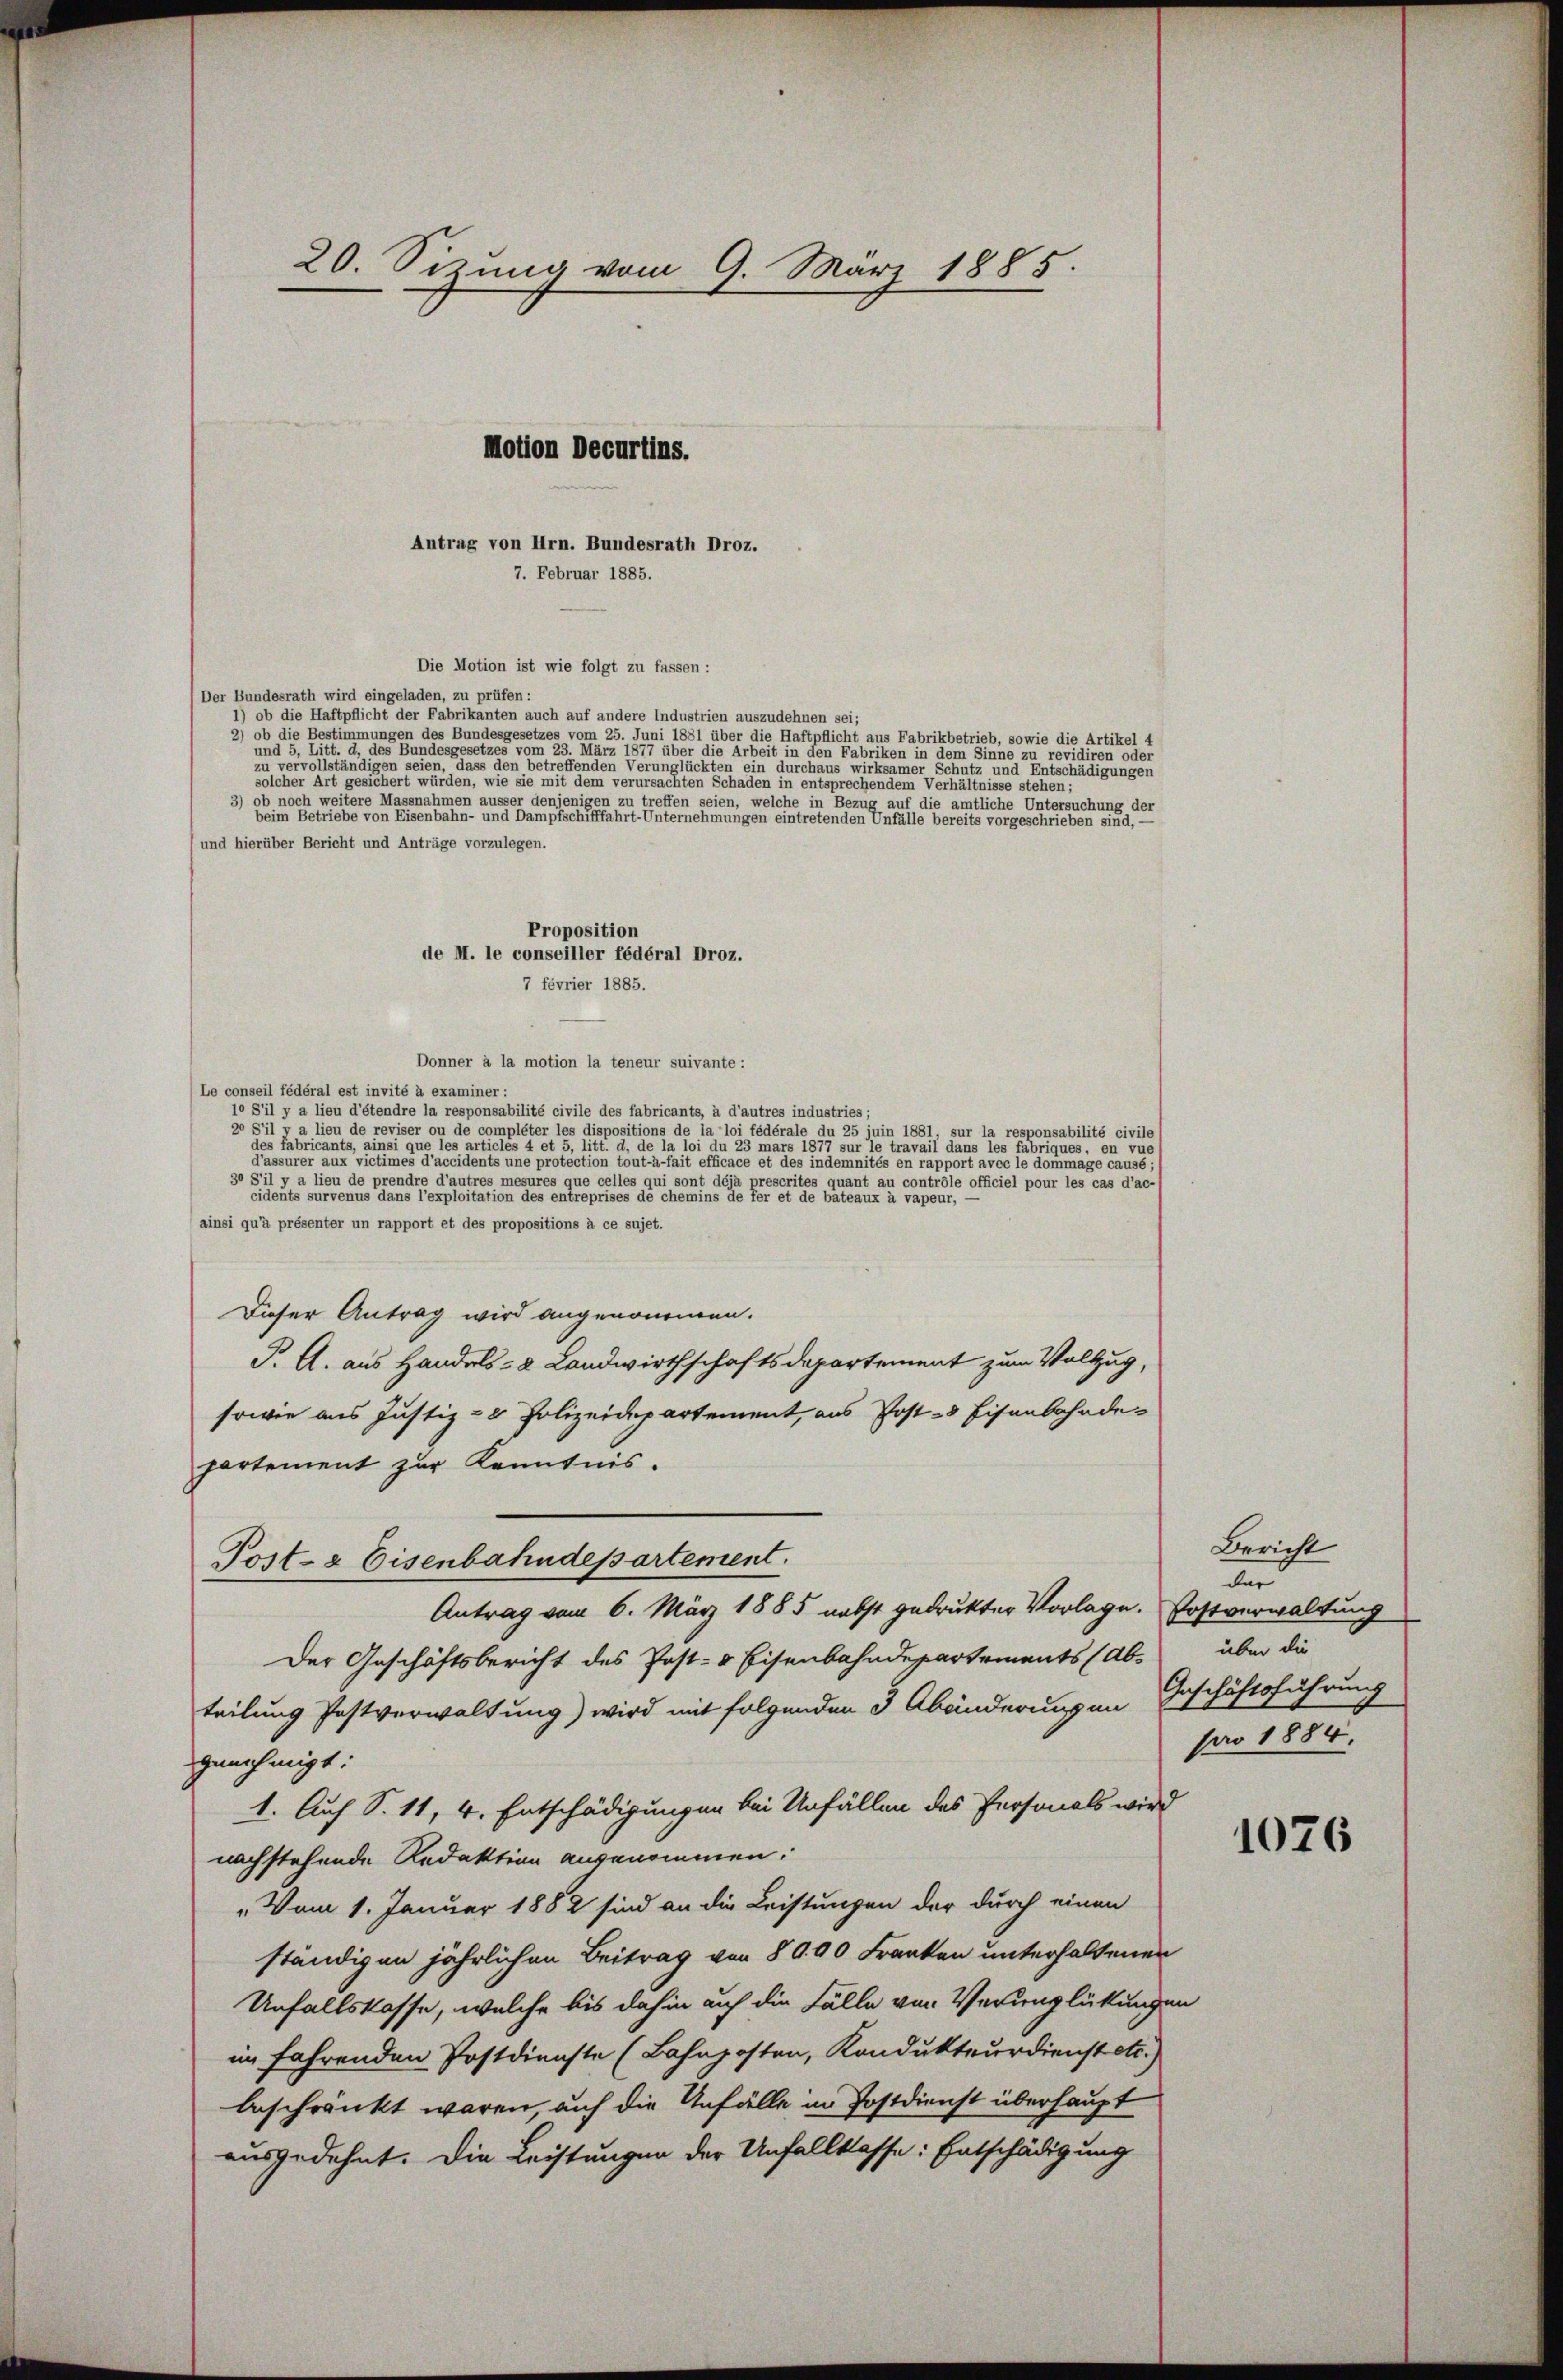
20. Sizung vom 9. März 1885.
Motion Decurtins.

Antrag von Hrn. Bundesrath Droz.
7. Februar 1885.

Die Motion ist wie folgt zu fassen:
(Der Bundesrath wird eingeladen, zu prüfen:
1) ob die Haftpflicht der Fabrikanten auch auf andere Industrien auszudehnen sei;
2) ob die Bestimmungen des Bundesgesetzes vom 25. Juni 1881 über die Haftpflicht aus Fabrikbetrieb, sowie die Artikel 4
                                                                                                                                  Portion de
zu vervollständigen seien, die es seien den betreffenden Verunglückten ein durchaus wirksamer Schutz unter diesen seines eine eine eine gegen eine eine
                                                                            getrachten Schaden in der eine gesehen diesen der eine eine stehen,
) ob noch weitere Massnahmen ausser denjenigen zu treten einen seien einen welche in eine eine einen auf die ämtliche Untersuchung der
                                                                                                                                                geschrieben sind,
(und hierüber Bericht und Anträge vorzulegen.
Donner à la motion la teneur suivante :
Le conseil fédéral est invité à examiner:
jo S’il y a lieu d’étendre la responsabilité civile des fabricants, à d’autres industries;
2° S’il y a lieu de reviser ou de compléter les dispositions de la loi fédérale du 25 juin 1881, sur la responsabilité civile

Fessen eine einen einen einen wie eine accidents une protection tout à fait efficace et des indemnités en rapport avec le dommage causé,
3° S’il y a lieu de prendre d’autres mesures que celles qui sont déjà prescrites quant au contrôle officiel pour les cas d’ac-
                        eine er diese ents seines des die eines der bei der die bei der einen in einen einen
ainsi qu’à présenter un rapport et des propositions à ce sujet.
Dieser Antrag wird angenommen.
P. A. aus Handels- & Landwirthschaftsdepartement zum Vollzug,
sowie aus Justiz- & Polizeidepartement, aus Post 3 Eisenbahndepartement zur Kenntnis.
Post- & Eisenbahndepartement.
Antrag vom 6. März 1885 nebst gedruckter Vorlage.
Der Geschäftsbericht des Post- & Eisenbahndepartements (Ab-
teilung Postverwaltung) wird mit folgenden 3 Abänderungen Geschäftsführung
genehmigt:
1. Auf S. 11, 4. Entschädigungen bei Unfällen des Personals wird
nachstehende Redaktion angenommen.
„Vom 1. Januar 1882 sind an die Leistungen der durch einen
ständigen jährlichen Beitrag von 8000 Franken unterhaltenen
Unfallskasse, welche bis dahin auf die Fälle von Verunglückungen
im fahrenden Postdienste (Bahnposten, Kondukteurdienst etc.
beschränkt waren, auf die Unfälle in Postdienst überhaupt
ausgedehnt. Die Leistungen der Unfallklasse: Entschädigung

Proposition
de M. le conseiller fédéral Droz.
7 février 1885.

Bericht
der
Postverwaltung
über die
pro 1884.

1076